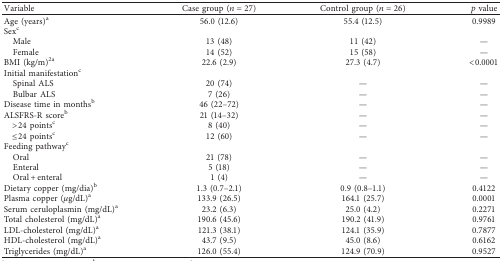
<table><thead><tr><td><b>Variable</b></td><td><b>Case group (<i>n</i>=27)</b></td><td><b>Control group (<i>n</i>=26)</b></td><td><b><i>p</i> value</b></td></tr></thead><tbody><tr><td>Age (years)<sup>a</sup></td><td>56.0 (12.6)</td><td>55.4 (12.5)</td><td>0.9989</td></tr><tr><td>Sex<sup>c</sup></td><td> </td><td> </td><td> </td></tr><tr><td> Male</td><td>13 (48)</td><td>11 (42)</td><td>—</td></tr><tr><td> Female</td><td>14 (52)</td><td>15 (58)</td><td>—</td></tr><tr><td>BMI (kg/m)<sup>2a</sup></td><td>22.6 (2.9)</td><td>27.3 (4.7)</td><td>&lt;0.0001</td></tr><tr><td>Initial manifestation<sup>c</sup></td><td> </td><td> </td><td> </td></tr><tr><td> Spinal ALS</td><td>20 (74)</td><td>—</td><td>—</td></tr><tr><td> Bulbar ALS</td><td>7 (26)</td><td>—</td><td>—</td></tr><tr><td>Disease time in months<sup>b</sup></td><td>46 (22–72)</td><td>—</td><td>—</td></tr><tr><td>ALSFRS-R score<sup>b</sup></td><td>21 (14–32)</td><td>—</td><td>—</td></tr><tr><td> &gt;24 points<sup>c</sup></td><td>8 (40)</td><td>—</td><td>—</td></tr><tr><td> ≤24 points<sup>c</sup></td><td>12 (60)</td><td>—</td><td>—</td></tr><tr><td>Feeding pathway<sup>c</sup></td><td> </td><td> </td><td> </td></tr><tr><td> Oral</td><td>21 (78)</td><td>—</td><td>—</td></tr><tr><td> Enteral</td><td>5 (18)</td><td>—</td><td>—</td></tr><tr><td> Oral + enteral</td><td>1 (4)</td><td>—</td><td>—</td></tr><tr><td>Dietary copper (mg/dia)<sup>b</sup></td><td>1.3 (0.7–2.1)</td><td>0.9 (0.8–1.1)</td><td>0.4122</td></tr><tr><td>Plasma copper (<i>μ</i>g/dL)<sup>a</sup></td><td>133.9 (26.5)</td><td>164.1 (25.7)</td><td>0.0001</td></tr><tr><td>Serum ceruloplasmin (mg/dL)<sup>a</sup></td><td>23.2 (6.3)</td><td>25.0 (4.2)</td><td>0.2271</td></tr><tr><td>Total cholesterol (mg/dL)<sup>a</sup></td><td>190.6 (45.6)</td><td>190.2 (41.9)</td><td>0.9761</td></tr><tr><td>LDL-cholesterol (mg/dL)<sup>a</sup></td><td>121.3 (38.1)</td><td>124.1 (35.9)</td><td>0.7877</td></tr><tr><td>HDL-cholesterol (mg/dL)<sup>a</sup></td><td>43.7 (9.5)</td><td>45.0 (8.6)</td><td>0.6162</td></tr><tr><td>Triglycerides (mg/dL)<sup>a</sup></td><td>126.0 (55.4)</td><td>124.9 (70.9)</td><td>0.9527</td></tr></tbody></table>